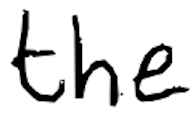
Text: the
Cross-out: clean
Writing tool: digital_black